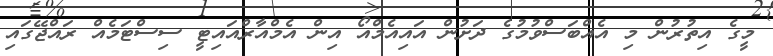
މީގެ އިތުރުން މި އެއްބަސްވުމުގެ ދަށުން އައިއެމްއޯ އިން އެމްއާރްއައިޓީ ސިސްޓަމެއް ރައްޖޭގައި